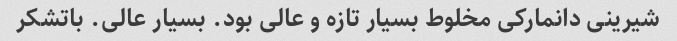
شیرینی دانمارکی مخلوط بسیار تازه و عالی بود. بسیار عالی. باتشکر